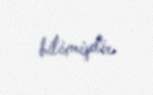
bitirmişdir.